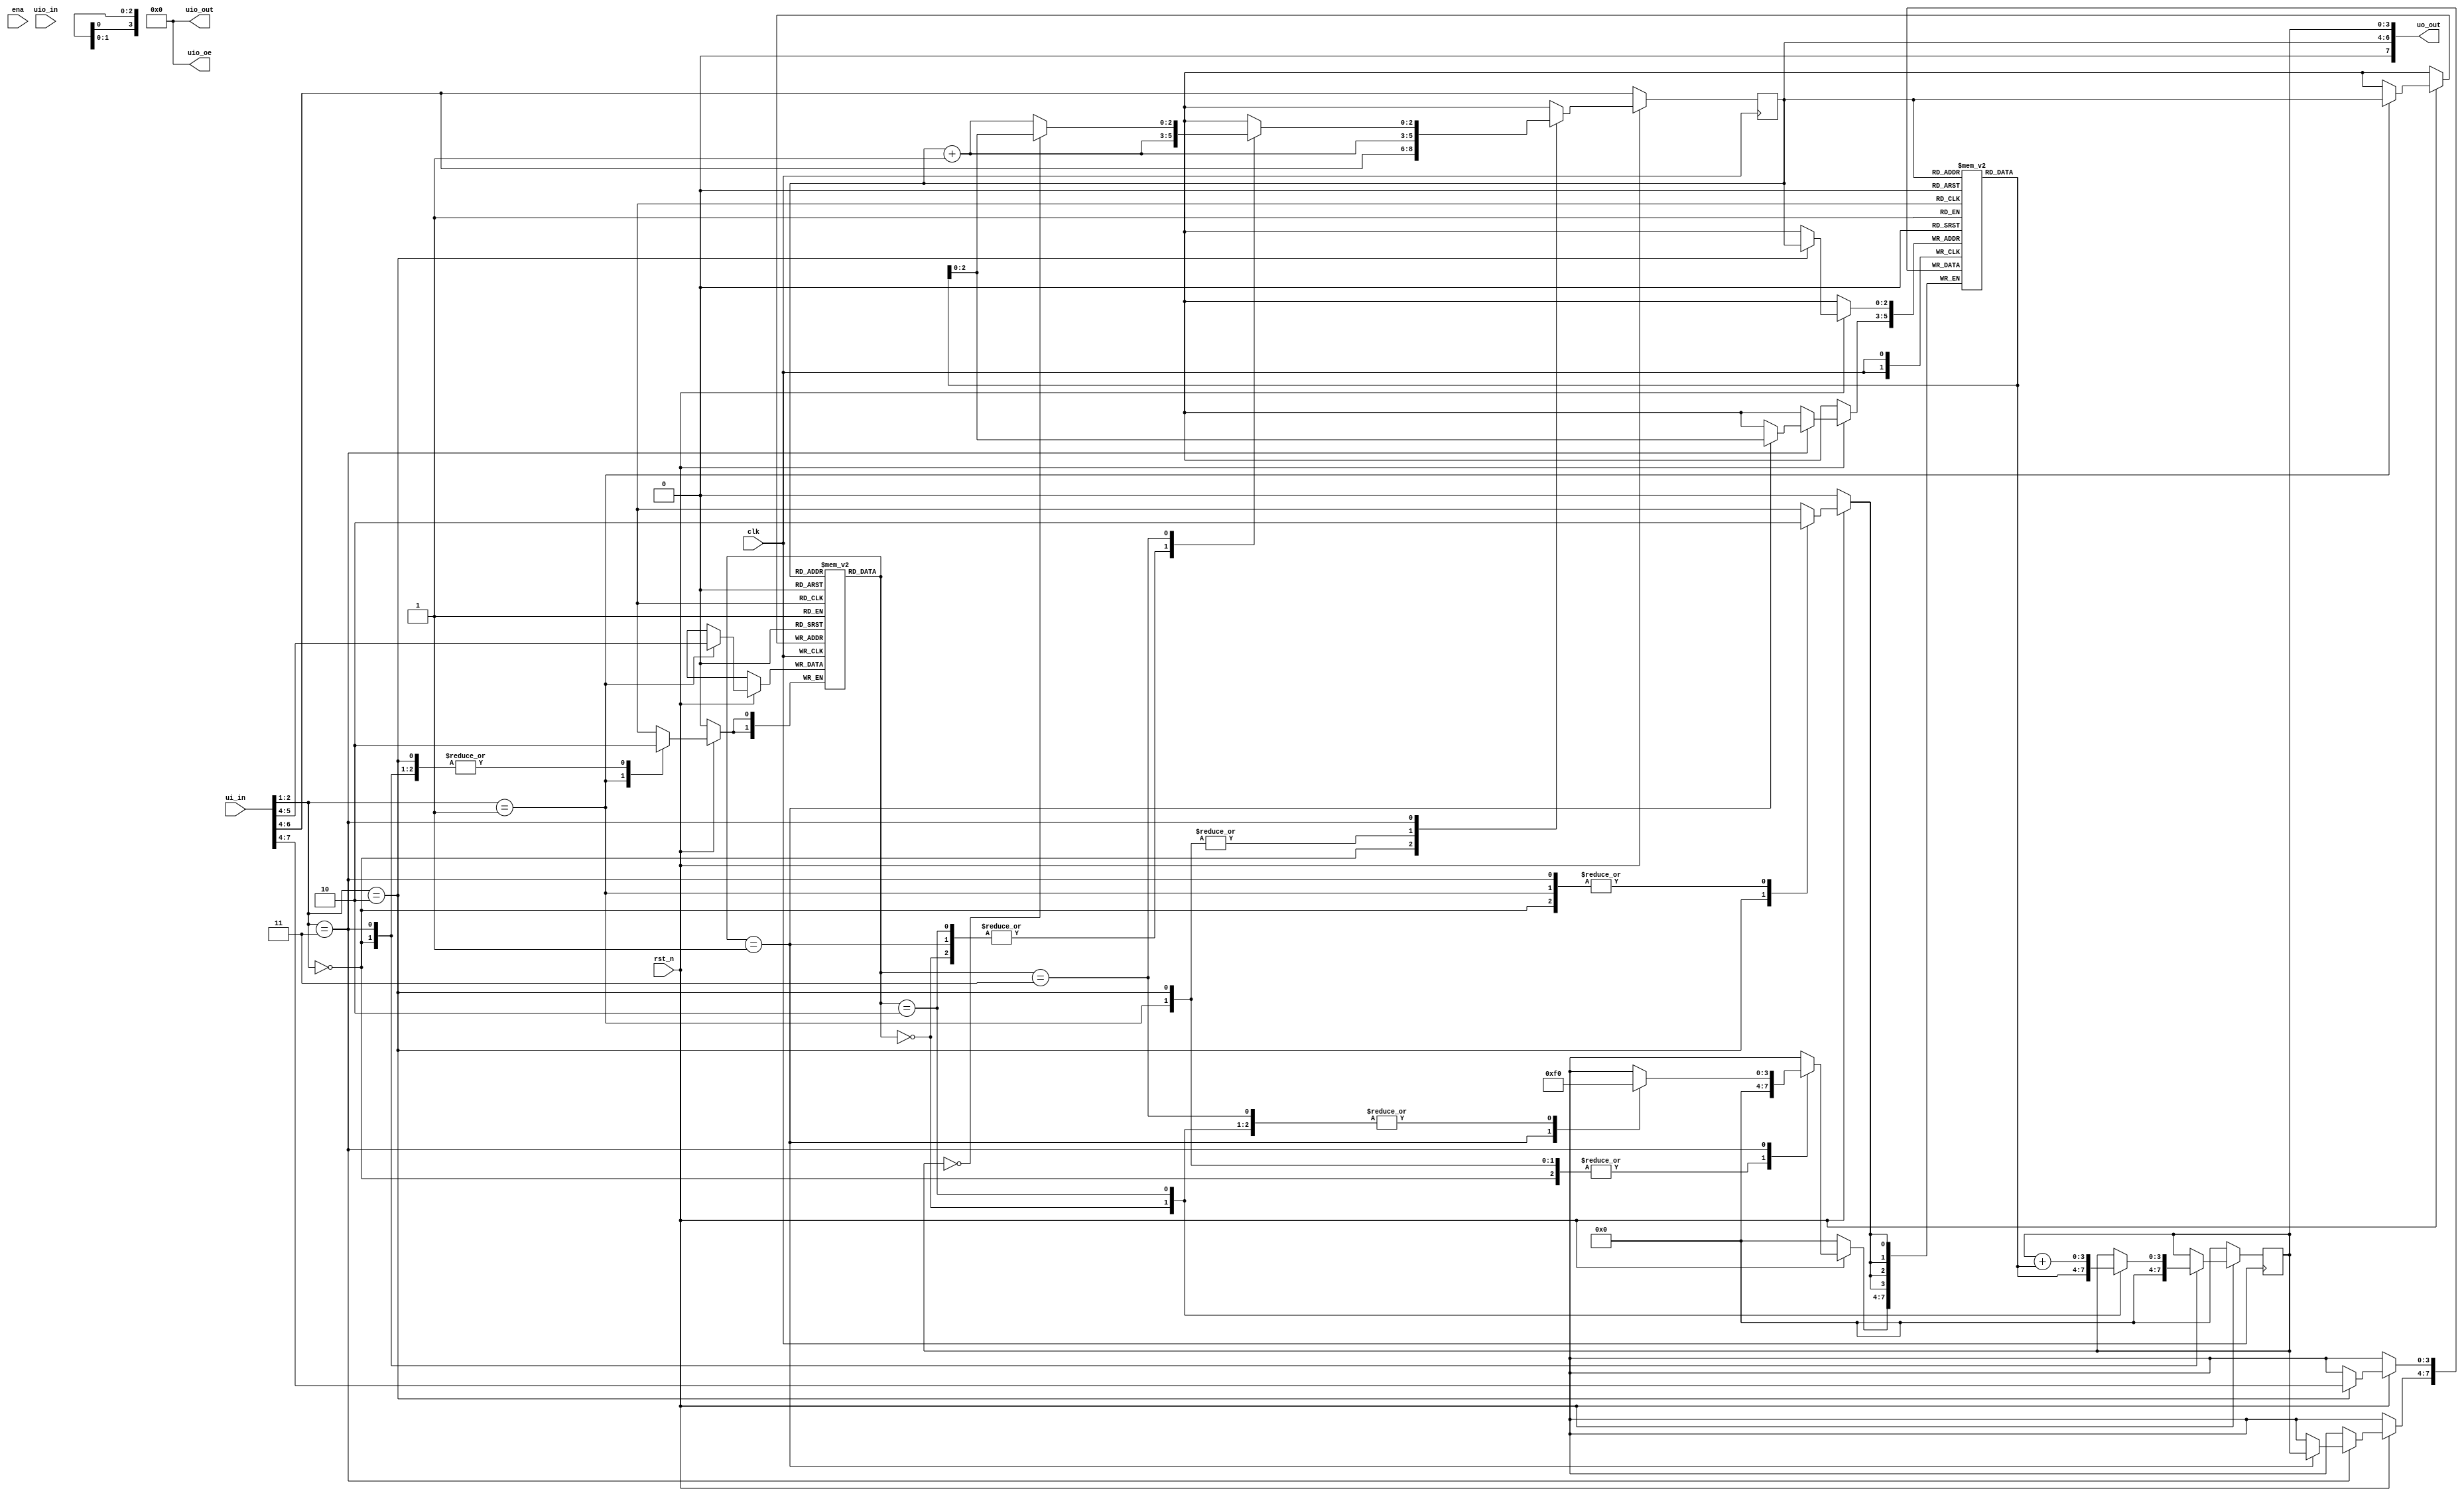
/*
 * Copyright (c) 2024 Tommy Thorn
 * SPDX-License-Identifier: Apache-2.0
 */

`define default_netname none
`default_nettype none

// Instructions
`define Load 0
`define Store 1
`define Add 2
`define Bz 3

// Commands
`define Reset 0
`define LoadCode 1
`define LoadData 2
`define Run 3

module tt_um_tommythorn_4b_cpu_v2 (
    input  wire [7:0] ui_in,    // Dedicated inputs
    output wire [7:0] uo_out,   // Dedicated outputs
    input  wire [7:0] uio_in,   // IOs: Input path
    output wire [7:0] uio_out,  // IOs: Output path
    output wire [7:0] uio_oe,   // IOs: Enable path (active high: 0=input, 1=output)
    input  wire       ena,      // will go high when the design is enabled
    input  wire       clk,      // clock
    input  wire       rst_n     // reset_n - low to reset
);

  assign uio_out = 0;
  assign uio_oe  = 0;

   // State
   reg [1:0]   code[7:0];
   reg [3:0]   data[7:0];
   reg [2:0]   pc;
   reg [3:0]   acc;

   wire [2:0]  npc = pc + 1;

   assign uo_out = {1'd0, pc, acc};
   wire [3:0]  arg = data[pc];

   always @(posedge clk)
       if (rst_n == 0) begin
           $display("        Reset");
           pc <= ui_in[6:4];
           acc <= 0;
       end else case (ui_in[2:1])
        `Reset: begin // XXX This is now redundant
           $display("        Reset");

           $display("%d %d %d", ui_in, ui_in[7:4], ui_in[7:4]);

           pc <= ui_in[6:4];
           acc <= 0;
        end
        `LoadCode: begin
           $display("        LoadCode %d: Insn %d", pc, ui_in[7:4]);
           code[pc] <= ui_in[5:4];
           pc <= npc;
        end
        `LoadData: begin
           $display("        LoadData %d: Data %d", pc, ui_in[7:4]);
           data[pc] <= ui_in[7:4];
           pc <= npc;
        end
        `Run: begin
           case (code[pc])
             `Load: begin
                $display("        Exec %d: Load acc = %d", pc, arg);
                acc <= arg; pc <= npc;
             end
             `Store: begin
                $display("        Exec %d: Store [%d]=%d", pc, arg[2:0], acc);
                data[arg[2:0]] <= acc; pc <= npc;
             end
             `Add: begin
                $display("        Exec %d: Add acc=%d,%d", pc, acc, arg);
                acc <= acc + arg; pc <= npc;
             end
             `Bz: begin
                if (acc == 0)
                  $display("        Exec %d: Bz %d taken", pc, arg);
                else
                  $display("        Exec %d: Bz %d skipped", pc, arg);
                pc <= acc == 0 ? arg[2:0] : npc;
             end
           endcase
           end
      endcase
endmodule

`ifdef TB
module tb;
   wire [7:0] ui_in;    // Dedicated inputs
   wire [7:0] uo_out;   // Dedicated outputs
   wire [7:0] uio_in;   // IOs: Input path
   wire [7:0] uio_out;  // IOs: Output path
   wire [7:0] uio_oe = 0;// IOs: Enable path (active high: 0=input; 1=output)
   wire       ena = 1;  // will go high when the design is enabled
   reg        clk = 1;  // clock
   wire       rst_n = 1;// reset_n - low to reset

   always #5 clk = !clk;

   reg [1:0] cmd;
   reg [3:0] cmdarg;

   assign ui_in = {cmdarg, 1'b0, cmd, clk};

   tt_um_tommythorn_4b_cpu_v2 inst_4b_cpu_v2
     (ui_in,    // Dedicated inputs
      uo_out,   // Dedicated outputs
      uio_in,   // IOs: Input path
      uio_out,  // IOs: Output path
      uio_oe,   // IOs: Enable path (active high: 0=input, 1=output)
      ena,      // will go high when the design is enabled
      clk,      // clk
      rst_n);   // reset_n - low to reset

   initial begin
      //$monitor("%05d  pc %d acc %d", $time, inst_4b_cpu_v2.pc, inst_4b_cpu_v2.acc);
      cmd = `Reset; cmdarg = 0;
      @(negedge clk)
      cmd = `LoadCode;

      cmdarg = `Load; @(negedge clk)
      cmdarg = `Store; @(negedge clk)

      cmdarg = `Add; @(negedge clk)
      cmdarg = `Store; @(negedge clk)

      cmdarg = `Load; @(negedge clk)
      cmdarg = `Store; @(negedge clk)

      cmdarg = `Add; @(negedge clk)
      cmdarg = `Bz; @(negedge clk)

      cmd = `LoadData;

      cmdarg = 1; @(negedge clk)
      cmdarg = 4; @(negedge clk)

      cmdarg = 1; @(negedge clk)
      cmdarg = 0; @(negedge clk)

      cmdarg = 9; @(negedge clk)
      cmdarg = 2; @(negedge clk)

      cmdarg = 8; @(negedge clk)
      cmdarg = 7; @(negedge clk)

      cmd = `Reset; cmdarg = 0;

      @(negedge clk) cmd = `Run;
      @(negedge clk) cmd = `Run;
      @(negedge clk) cmd = `Run;
      @(negedge clk) cmd = `Run;
      @(negedge clk) cmd = `Run;
      @(negedge clk) cmd = `Run;
      @(negedge clk) cmd = `Run;
      @(negedge clk) cmd = `Run;
      @(negedge clk) cmd = `Run;
      @(negedge clk) cmd = `Run;
      @(negedge clk) cmd = `Run;
      @(negedge clk) cmd = `Run;
      @(negedge clk) cmd = `Run;
      @(negedge clk) cmd = `Run;
      @(negedge clk) cmd = `Run;
      @(negedge clk) cmd = `Run;
      @(negedge clk) cmd = `Run;
      @(negedge clk) cmd = `Run;
      @(negedge clk) cmd = `Run;
      @(negedge clk) cmd = `Run;
      @(negedge clk) cmd = `Run;
      @(negedge clk) cmd = `Run;
      @(negedge clk) cmd = `Run;
      @(negedge clk) cmd = `Run;
      @(negedge clk) cmd = `Run;
      @(negedge clk) cmd = `Run;
      @(negedge clk) cmd = `Run;
      @(negedge clk) cmd = `Run;
      @(negedge clk) cmd = `Run;
      @(negedge clk) cmd = `Run;
      @(negedge clk) cmd = `Run;
      @(negedge clk) cmd = `Run;
      @(negedge clk) cmd = `Run;
      @(negedge clk) cmd = `Run;
      @(negedge clk) cmd = `Run;
      @(negedge clk) cmd = `Run;
      @(negedge clk) cmd = `Run;
      @(negedge clk) cmd = `Run;
      @(negedge clk) cmd = `Run;
      @(negedge clk) cmd = `Run;
      @(negedge clk) cmd = `Run;
      @(negedge clk) cmd = `Run;
      @(negedge clk) cmd = `Run;
      @(negedge clk) cmd = `Run;
      @(negedge clk) cmd = `Run;
      @(negedge clk) cmd = `Run;
      @(negedge clk) cmd = `Run;
      @(negedge clk) cmd = `Run;
      @(negedge clk) cmd = `Run;
      @(negedge clk) cmd = `Run;
      @(negedge clk) cmd = `Run;
      @(negedge clk) cmd = `Run;
      @(negedge clk) cmd = `Run;
      @(negedge clk) cmd = `Run;
      @(negedge clk) cmd = `Run;
      @(negedge clk) cmd = `Run;
      @(negedge clk) cmd = `Run;
      @(negedge clk) cmd = `Run;
      @(negedge clk) cmd = `Run;
      @(negedge clk) cmd = `Run;
      @(negedge clk) cmd = `Run;
      @(negedge clk) cmd = `Run;
      @(negedge clk) cmd = `Run;
      @(negedge clk) cmd = `Run;

      #100 $display("The End");
      $finish;
   end
endmodule
`endif